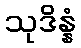
သုဒိန္နံ